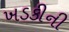
ખડકીની